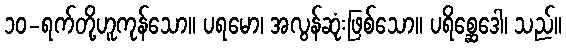
၁၀-ရက်တို့ဟူကုန်သော။ ပရမော၊ အလွန်ဆုံးဖြစ်သော။ ပရိစ္ဆေဒေါ၊ သည်။